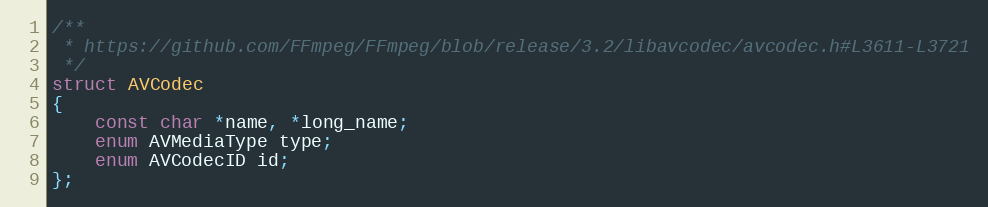
Language: C
/**
 * https://github.com/FFmpeg/FFmpeg/blob/release/3.2/libavcodec/avcodec.h#L3611-L3721
 */
struct AVCodec
{
    const char *name, *long_name;
    enum AVMediaType type;
    enum AVCodecID id;
};